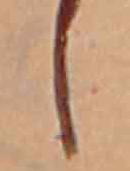
し